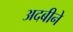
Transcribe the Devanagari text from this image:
अदबीने